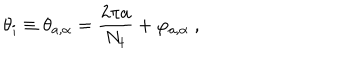
\theta _ { i } \equiv \theta _ { a , \alpha } = { \frac { 2 \pi a } { N _ { t } } } + \varphi _ { a , \alpha } ~ ,